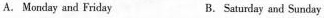
A. Monday and Friday B. Saturday and Sunday